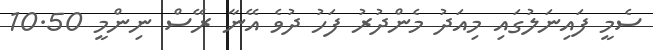
ސެމީ ފައިނަލުގައި މިއަދު މެންދުރު ފަހު ދުވެ އޭނާ ރޭސް ނިންމީ 10.50